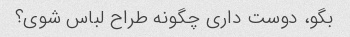
بگو، دوست داری چگونه طراح لباس شوی؟